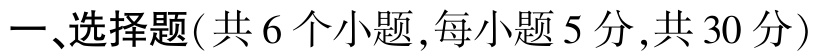
一、选择题(共 6 个小题,每小题 5 分,共 30 分)